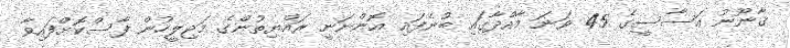
ޤާނޫނު އަސާސީގެ 45 ވަނަ މާއްދާގައި ބުނެފައި އޮންނަނީ ރައްޔިތުންގެ މަޖިލީހުން ފާސްކޮށްފައިވާ